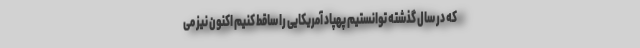
که در سال گذشته توانستیم پهپاد آمریکایی را ساقط کنیم اکنون نیز می